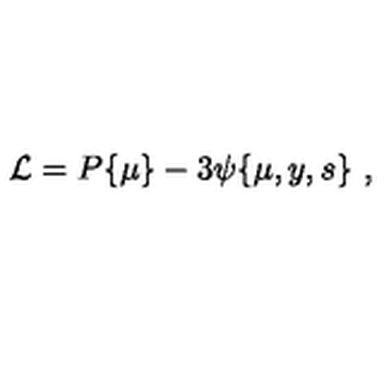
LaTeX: { \cal L } = P \{ \mu \} - 3 { \psi } \{ \mu , y , s \} \ ,